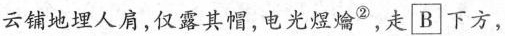
云销地埋人肩，仅露其帽，电光煜爚^{②}， 走B下方，